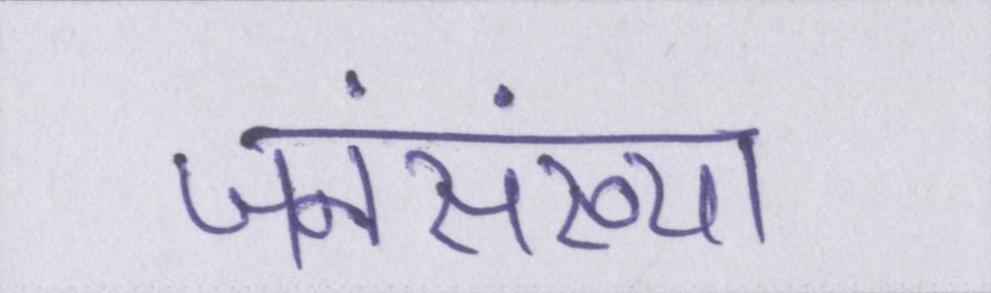
जनसंख्या